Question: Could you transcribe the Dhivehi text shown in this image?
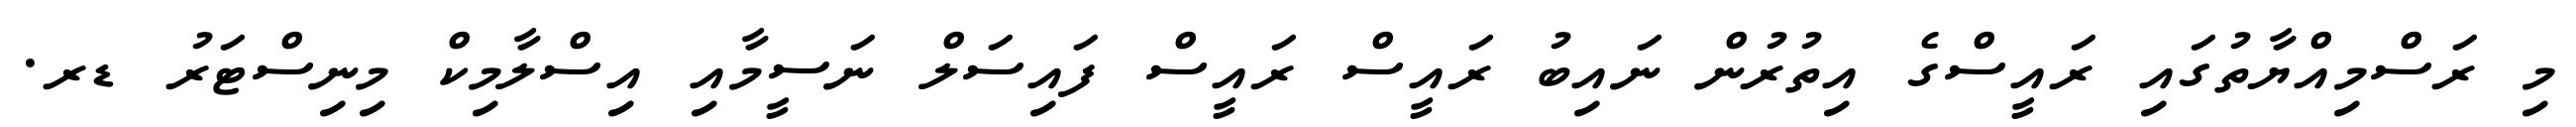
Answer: މި ރަސްމިއްޔާތުގައި ރައީސްގެ އިތުރުން ނައިބު ރައީސް ރައީސް ފައިސަލް ނަސީމާއި އިސްލާމިކް މިނިސްޓަރު ޑރ.